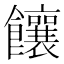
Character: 饟